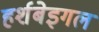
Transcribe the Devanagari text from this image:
हर्शबेइगल